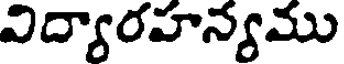
విద్యారహన్యము